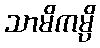
သာမိကမ္ပိ